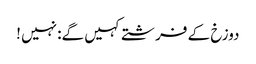
دوزخ کے فرشتے کہیں گے: نہیں !